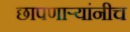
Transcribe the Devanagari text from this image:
छापणाऱ्यांनीच